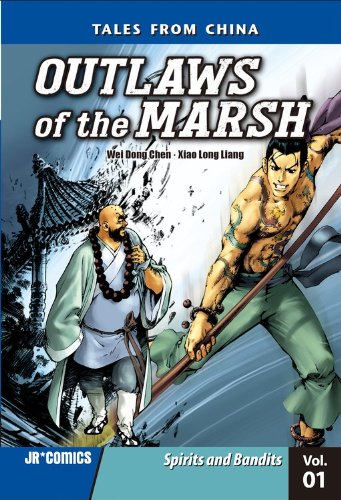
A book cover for Outlaws of the Marsh 1: Spirits and Bandits (Tales from China: Outlaws of the Marsh); Wei Dong Chen; Teen & Young Adult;